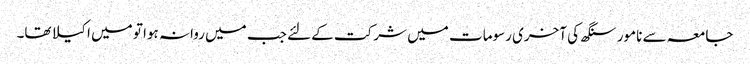
جامعہ سے نامور سنگھ کی آخری رسومات میں شرکت کے لئے جب میں روانہ ہوا تو میں اکیلا تھا۔